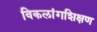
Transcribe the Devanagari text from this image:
विकलांगशिक्षण